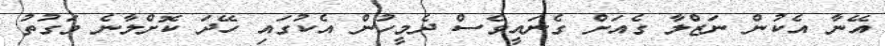
އޭނާ އެކުން ނަޒްލާ ގެއަށް ގެނައީވެސް ދެމީހުން އެކުގައި ހޭދަ ކޮށްލާނެ ވަގުތު